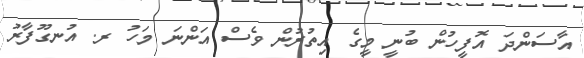
އާސަންދަ އޮފީހުން ބުނީ މީގެ އިތުރުން ވެސް އަންނަ މަހު ރ. އުނގޫފާރު